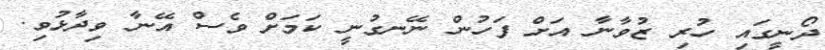
ދޯނީގައި ހުރި ޒުވާނާ އަށް ފަހުން ނޭނގުނީ ކަމަށް ވެސް އޭނާ ވިދާޅުވި.